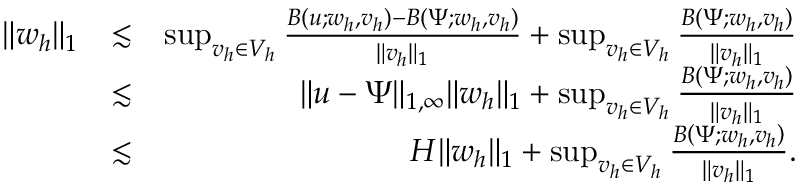
\begin{array} { r l r } { \| w _ { h } \| _ { 1 } } & { \lesssim } & { \operatorname* { s u p } _ { v _ { h } \in V _ { h } } \frac { B ( u ; w _ { h } , v _ { h } ) - B \left( \Psi ; w _ { h } , v _ { h } \right) } { \| v _ { h } \| _ { 1 } } + \operatorname* { s u p } _ { v _ { h } \in V _ { h } } \frac { B \left( \Psi ; w _ { h } , v _ { h } \right) } { \| v _ { h } \| _ { 1 } } } \\ & { \lesssim } & { \| u - \Psi \| _ { 1 , \infty } \| w _ { h } \| _ { 1 } + \operatorname* { s u p } _ { v _ { h } \in V _ { h } } \frac { B \left( \Psi ; w _ { h } , v _ { h } \right) } { \| v _ { h } \| _ { 1 } } } \\ & { \lesssim } & { H \| w _ { h } \| _ { 1 } + \operatorname* { s u p } _ { v _ { h } \in V _ { h } } \frac { B \left( \Psi ; w _ { h } , v _ { h } \right) } { \| v _ { h } \| _ { 1 } } . } \end{array}